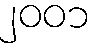
၂၀၀၁